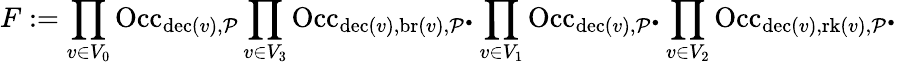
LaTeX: F:=\prod_{v\in V_{0}}\mathrm{Occ}_{\mathrm{dec}(v),\mathcal{P}}\prod_{v\in V_{3}}\mathrm{Occ}_{\mathrm{dec}(v),\mathrm{br}(v),\mathcal{P}^{\bullet}}\prod_{v\in V_{1}}\mathrm{Occ}_{\mathrm{dec}(v),\mathcal{P}^{\bullet}}\prod_{v\in V_{2}}\mathrm{Occ}_{\mathrm{dec}(v),\mathrm{rk}(v),\mathcal{P}^{\bullet}}